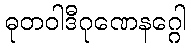
ဓုတဝါဒီဂုဏေနဂ္ဂေါ